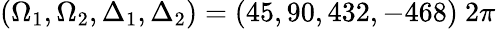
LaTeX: (\Omega_{1},\Omega_{2},\Delta_{1},\Delta_{2})=(45,90,432,-468)~2\pi